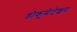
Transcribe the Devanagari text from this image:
डोकुमेंटेशन